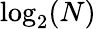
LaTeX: \log_{2}(N)